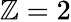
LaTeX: \mathbb{Z}=2